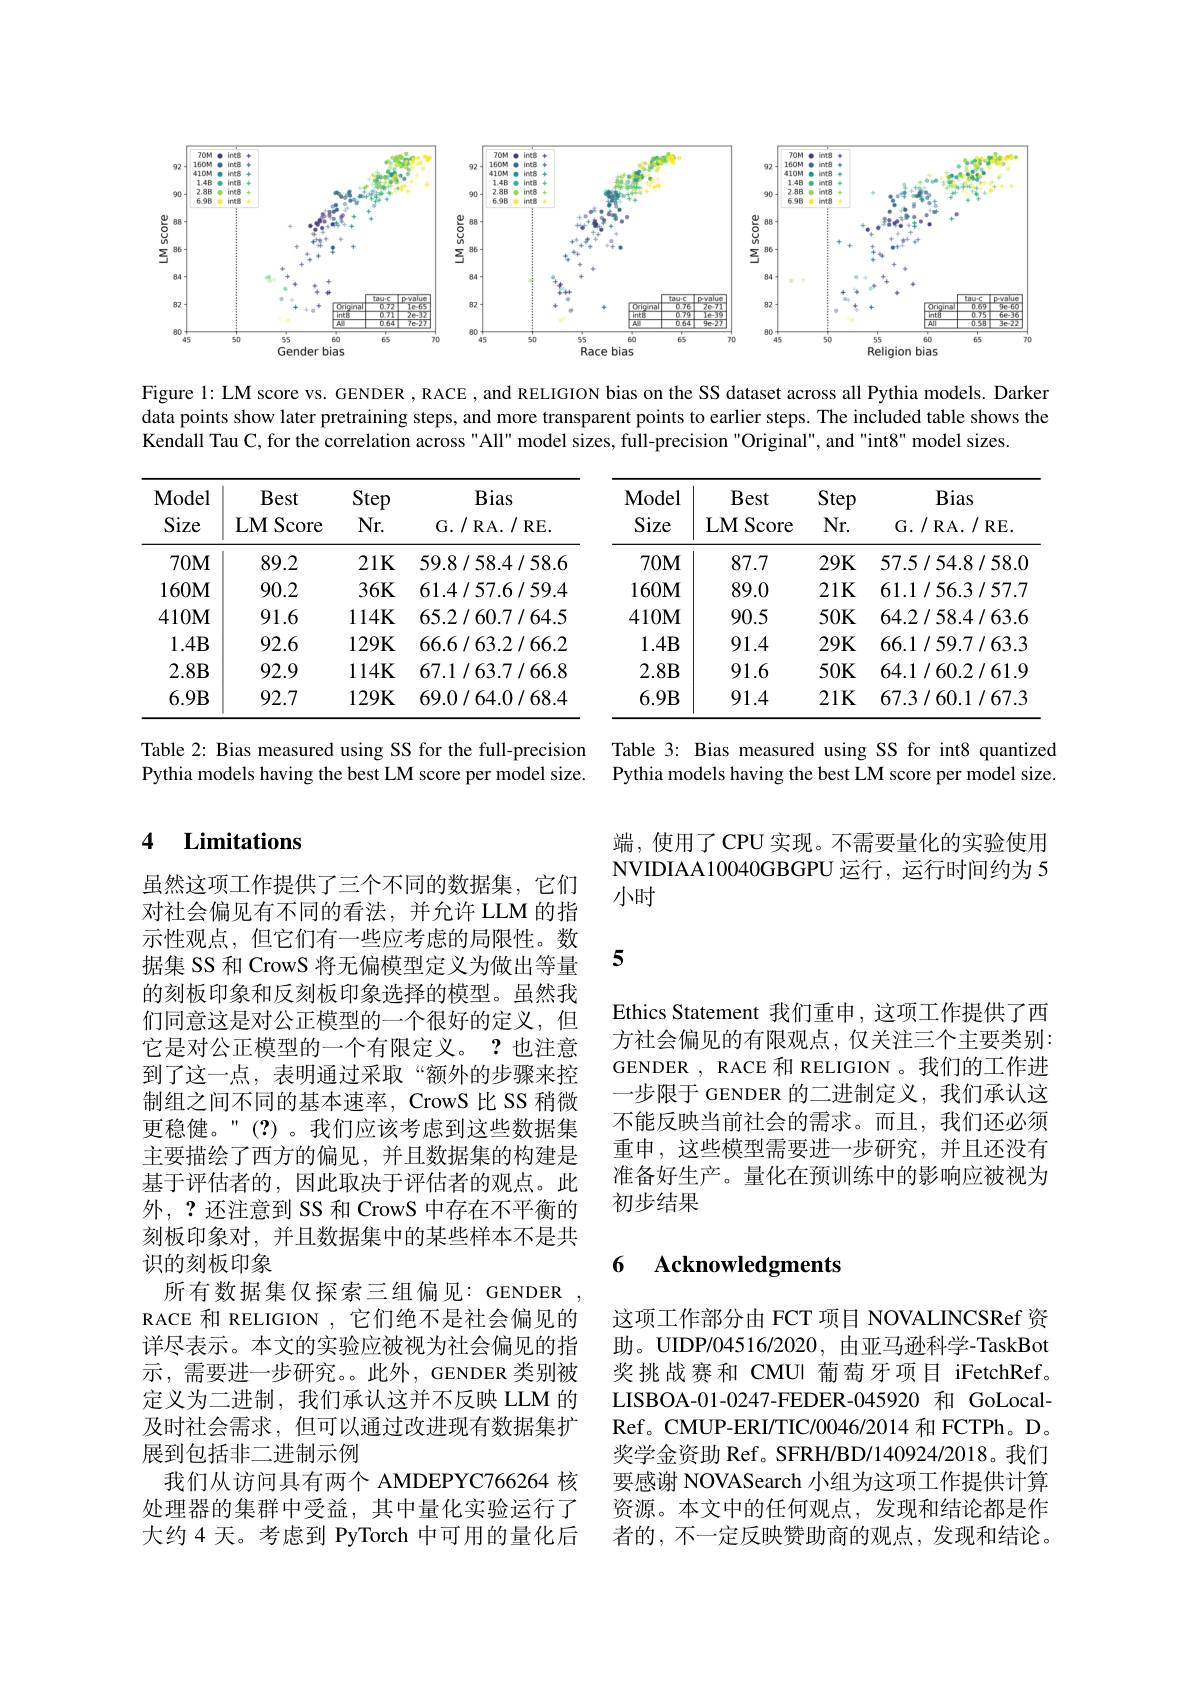
<FigureHere>

Figure 1: LM score vs. GENDER , RACE , and RELIGION bias on the SS dataset across all Pythia models. Darker data points show later pretraining steps, and more transparent points to earlier steps. The included table shows the Kendall Tau C, for the correlation across" All" model sizes, full-precision "Original", and "int8" model sizes.

<table>
	<tbody>
		<tr>
			<th>Model Size</th>
			<th>Best LMScore</th>
			<th>Step $Nr.$</th>
			<th>Bias G. / RA. / RE.</th>
			<th>Model Size</th>
			<th>Best $\mathbf{LMScore}$</th>
			<th>Step $Nr.$</th>
			<th>Bias G. / RA. / RE. </th>
		</tr>
		<tr>
			<td>$70M$</td>
			<td>89.2</td>
			<td>$21K$</td>
			<td>59.8/58.4/58.6</td>
			<td>$70\mathbf{M}$</td>
			<td>87.7</td>
			<td>$29K$</td>
			<td>57.5/54.8/58.0</td>
		</tr>
		<tr>
			<td>$160M$</td>
			<td>90.2</td>
			<td>$36K$</td>
			<td>61.4/57.6/59.4</td>
			<td>$160M$</td>
			<td>89.0</td>
			<td>$21K$</td>
			<td>61.1/56.3/57.7</td>
		</tr>
		<tr>
			<td>$410\mathbf{M}$</td>
			<td>91.6</td>
			<td>$114K$</td>
			<td>65.2/60.7/64.5</td>
			<td>$410M$</td>
			<td>90.5</td>
			<td>50K</td>
			<td>64.2/58.4/63.6</td>
		</tr>
		<tr>
			<td>$1.4\mathbf{B}$</td>
			<td>92.6</td>
			<td>$129K$</td>
			<td>66.6/63.2/66.2</td>
			<td>$1.4\mathbf{B}$</td>
			<td>91.4</td>
			<td>$29K$</td>
			<td>66.1/59.7/63.3</td>
		</tr>
		<tr>
			<td>$2.8\mathbf{B}$</td>
			<td>92.9</td>
			<td>$114K$</td>
			<td>67.1/63.7/66.8</td>
			<td>2.8B</td>
			<td>91.6</td>
			<td>50K</td>
			<td>64.1/60.2/61.9</td>
		</tr>
		<tr>
			<td>$6.9B$</td>
			<td>92.7</td>
			<td>$129K$</td>
			<td>69.0/64.0/68.4</td>
			<td>$6.9B$</td>
			<td>91.4</td>
			<td>$21K$</td>
			<td>67.3/60.1/67.3</td>
		</tr>
	</tbody>
</table>

Table 2: Bias measured using SS for the full-precision Pythia models having the best LM score per model size.

Table 3: Bias measured using SS for int8 quantized Pythia models having the best LM score per model size.

### 4 $\textbf{Limitations}$

端，使用了CPU 实现。不需要量化的实验使用NVIDIAA10040GBGPU 运行，运行时间约为 5小时

Ethics Statement 我们重申，这项工作提供了西方社会偏见的有限观点，仅关注三个主要类别： GENDER , RACE 和 RELIGION 。我们的工作进一步限于 GENDER 的二进制定义，我们承认这不能反映当前社会的需求。而且，我们还必须重申，这些模型需要进一步研究，并且还没有准备好生产。量化在预训练中的影响应被视为初步结果

虽然这项工作提供了三个不同的数据集，它们对社会偏见有不同的看法，并允许 LLM 的指示性观点，但它们有一些应考虑的局限性。数据集 SS 和 CrowS 将无偏模型定义为做出等量的刻板印象和反刻板印象选择的模型。虽然我们同意这是对公正模型的一个很好的定义，但它是对公正模型的一个有限定义。?也注意到了这一点，表明通过采取“额外的步骤来控制组之间不同的基本速率，CrowS 比 SS 稍微更稳健。”(?)。我们应该考虑到这些数据集主要描绘了西方的偏见，并且数据集的构建是基于评估者的，因此取决于评估者的观点。此外，?还注意到 SS 和 CrowS 中存在不平衡的刻板印象对，并且数据集中的某些样本不是共识的刻板印象
所有数据集仅探索三组偏见：GENDER RACE 和 RELIGION ,它们绝不是社会偏见的详尽表示。本文的实验应被视为社会偏见的指示，需要进一步研究。。此外，GENDER 类别被定义为二进制，我们承认这并不反映 LLM 的及时社会需求，但可以通过改进现有数据集扩展到包括非二进制示例
我们从访问具有两个 AMDEPYC766264 核处理器的集群中受益，其中量化实验运行了大约 4 天。考虑到 PyTorch 中可用的量化后

### 6 $\mathbf{Acknowledgments}$

这项工作部分由 FCT 项目 NOVALINCSRef 资助。UIDP/04516/2020,由亚马逊科学-TaskBot 奖挑战赛和 CMUI 葡萄牙项目 iFetchRef。LISBOA-01-0247-FEDER-045920 和 GoLocalRef。CMUP-ERI/TIC/0046/2014 和 FCTPh。D。奖学金资助 Ref。SFRH/BD/140924/2018。我们要感谢 NOVASearch 小组为这项工作提供计算资源。本文中的任何观点，发现和结论都是作者的，不一定反映赞助商的观点，发现和结论。